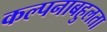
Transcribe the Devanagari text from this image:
कल्पनाबहुलता